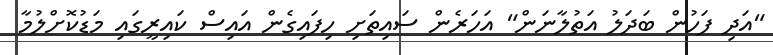
"އަދި ފަހުން ބަދަލު އަތުލާނަން" އަހަރެން ސައިތަށި ހިފައިގެން އައިސް ކައިރީގައި މަޑުކޮށްލުމާ